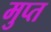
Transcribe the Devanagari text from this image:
मुप्त